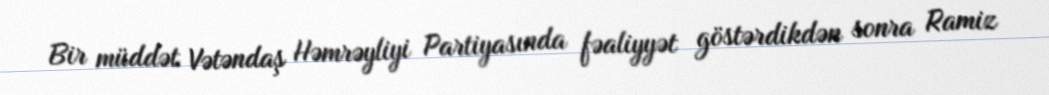
Bir müddət Vətəndaş Həmrəyliyi Partiyasında fəaliyyət göstərdikdən sonra Ramiz